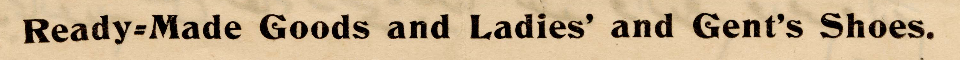
Ready=Made Goods and Ladies' and Gent's Shoes.